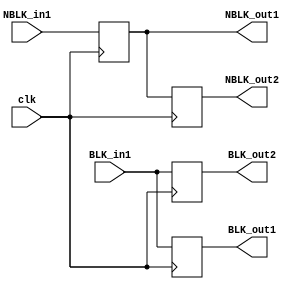
module BLK_NBLK(BLK_in1, NBLK_in1, clk, 
                BLK_out1, BLK_out2, NBLK_out1, NBLK_out2);
    input[3:0] BLK_in1, NBLK_in1;
    input clk;
    output[3:0] BLK_out1, BLK_out2, NBLK_out1, NBLK_out2;
    reg[3:0] BLK_out1, BLK_out2, NBLK_out1, NBLK_out2;
    wire clk;

    //BLK
    always@(posedge clk)
    begin
        BLK_out1 = BLK_in1;
        BLK_out2 = BLK_out1;
    end

    //NBLK
    always@(negedge clk)
    begin
        NBLK_out1 <= NBLK_in1;
        NBLK_out2 <= NBLK_out1;
    end

endmodule

module D_LATCH_FF(D, clk, Latch_out, FF_out);
    input[3:0] D; 
    input clk;
    output[3:0] Latch_out, FF_out;
    reg[3:0] Latch_out, FF_out;
    wire clk;

    always@(posedge clk)
    begin
        Latch_out = D;
    end

    always @(negedge clk or posedge clk) 
    begin
        FF_out <= D;
    end

endmodule